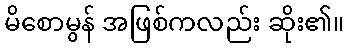
မိစောမွန် အဖြစ်ကလည်း ဆိုး၏။